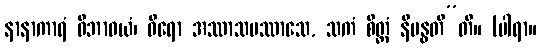
နာနာကာရံ ဝိဘာဝယံ၊ ဓီရော အဿာသပဿာသေ, သကံ စိတ္တံ နိဗန္ဓတီ”တိ။ (ပါရာ။